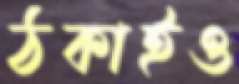
ঠকাইও